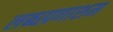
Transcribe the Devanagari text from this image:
लब्धप्रणाशम